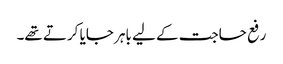
رفع حاجت کے لیے باہر جایا کرتے تھے۔